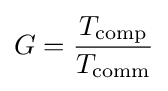
G={\frac {T_{\mathrm {comp} }}{T_{\mathrm {comm} }}}